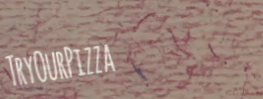
TryOurPizza